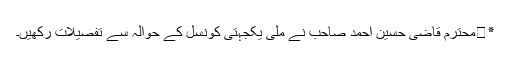
٭	محترم قاضی حسین احمد صاحب نے ملی یکجہتی کونسل کے حوالہ سے تفصیلات رکھیں۔